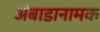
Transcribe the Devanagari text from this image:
अंबाडानामक